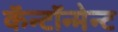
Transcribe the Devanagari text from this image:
कॅन्टॉन्मेन्ट